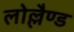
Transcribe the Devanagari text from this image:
लोल्लैण्ड